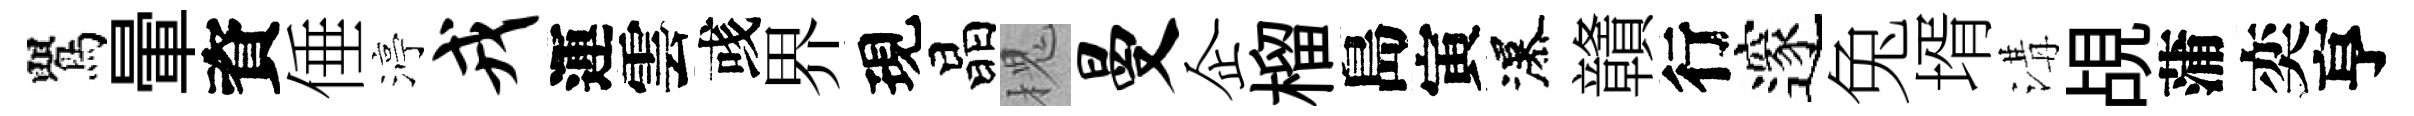
鸎暈資倕渟戎運雲彧界現晶槐曼企榴島寅瀑贛行邃兔壻溝覘蒲奕亨